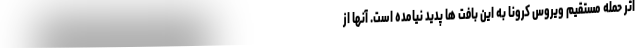
اثر حمله مستقیم ویروس کرونا به این بافت ها پدید نیامده است. آنها از